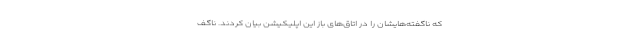
که ناگفته‌هایشان را در اتاق‌های باز این اپلیکیشن بیان کردند. ناگف